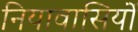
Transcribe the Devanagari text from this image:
नियावासियों